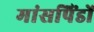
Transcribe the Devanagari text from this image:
मांसपिंडों